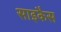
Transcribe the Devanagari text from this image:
साइकैस